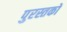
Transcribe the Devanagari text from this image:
पुरस्तकों